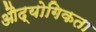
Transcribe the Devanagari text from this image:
औद्योगिकता